Report of the Municipal Commissioner on the plague in Bombay for the year ending 31st May... - Volume 1
Disease focus: Plague
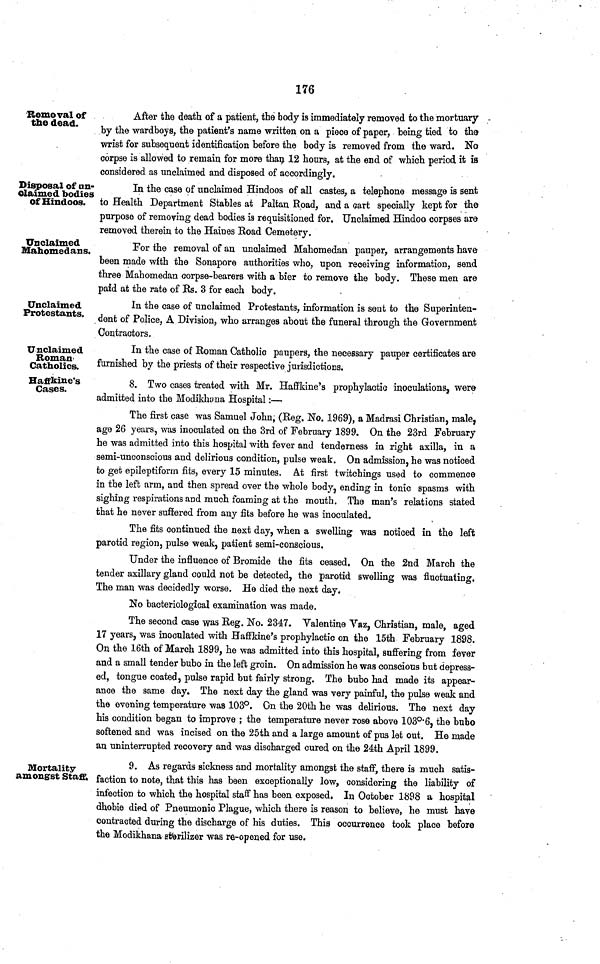
176
Removal of
the dead.
After the death of a patient, the body is immediately removed to the mortuary
by the wardboys, the patient's name written on a piece of paper, being tied to the
wrist for subsequent identification before the body is removed from the ward. No
corpse is allowed to remain for more than 12 hours, at the end of which period it is
considered as unclaimed and disposed of accordingly.
Disposal of un-
claimed bodies
of Hindoos.
In the case of unclaimed Hindoos of all castes, a telephone message is sent
to Health Department Stables at Paltan Road, and a cart specially kept for the
purpose of removing dead bodies is requisitioned for. Unclaimed Hindoo corpses are
removed therein to the Haines Road Cemetery.
Unclaimed
Mahomedans.
For the removal of an unclaimed Mahomedan pauper, arrangements nave
been made with the Sonapore authorities who, upon receiving information, send
three Mahomedan corpse-bearers with a bier to remove the body. These men are
paid at the rate of Rs. 3 for each body.
Unclaimed
Protestants.
In the case of unclaimed Protestants, information is sent to the Superinten-
dent of Police, A Division, who arranges about the funeral through the Government
Contractors.
Unclaimed
Roman
Catholics.
In the case of Roman Catholic paupers, the necessary pauper certificates are
furnished by the priests of their respective jurisdictions.
Haffkine's
Cases.
8. Two cases treated with Mr. Haffkine's prophylactic inoculations, were
admitted into the Modikhona Hospital:—
The first case was Samuel John, (Reg. No. 1969), a Madrasi Christian, male,
age 26 years, was inoculated on the 3rd of February 1899. On the 23rd February
he was admitted into this hospital with fever and tenderness in right axilla, in a
semi-unconscious and delirious condition, pulse weak. On admission, he was noticed
to get epileptiform fits, every 15 minutes. At first twitchings used to commence
in the left arm, and then spread over the whole body, ending in tonic spasms with
sighing respirations and much foaming at the mouth. The man's relations stated
that he never suffered from any fits before he was inoculated.
The fits continued the next day, when a swelling was noticed in the left
parotid region, pulse weak, patient semi-conscious.
Under the influence of Bromide the fits ceased. On the 2nd March the
tender axillary gland could not be detected, the parotid swelling was fluctuating,
The man was decidedly worse. He died the next day.
No bacteriological examination was made.
The second case was Reg. No. 2347. Valentine Vaz, Christian, male, aged
17 years, was inoculated with Haffkine's prophylactic on the 15th February 1898.
On the 16th of March 1899, he was admitted into this hospital, suffering from fever
and a small tender bubo in the left groin. On admission he was conscious but depress-
ed, tongue coated, pulse rapid but fairly strong. The bubo had made its appear-
ance the same day. The next day the gland was very painful, the pulse weak and
the evening temperature was 103°. On the 20th he was delirious. The next day
his condition began to improve ; the temperature never rose above 103°·6, the bubo
softened and was incised on the 25th and a large amount of pus let out. He made
an uninterrupted recovery and was discharged cured on the 24th April 1899.
Mortality
amongst Staff;
9. As regards sickness and mortality amongst the staff, there is much satis-
faction to note, that this has been exceptionally low, considering the liability of
infection to which the hospital staff has been exposed. In October 1898 a hospital
dhobie died of Pneumonic Plague, which there is reason to believe, he must have
contracted during the discharge of his duties. This occurrence took place before
the Modikhana sterilizer was re-opened for use.